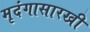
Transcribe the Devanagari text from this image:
मृदंगासारखी